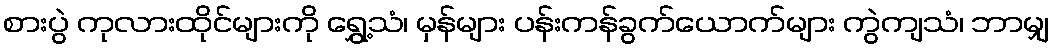
စားပွဲ ကုလားထိုင်များကို ရွှေ့သံ၊ မှန်များ ပန်းကန်ခွက်ယောက်များ ကွဲကျသံ၊ ဘာမျှ